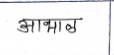
मजकूर: आभाळ